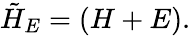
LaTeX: \tilde{H}_{E}=\left(\begin{array}{cccc}{H+E}\end{array}\right).